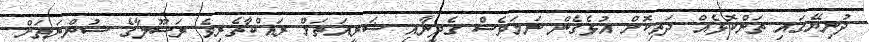
ދުނިޔޭގައި ތަންކޮޅެއް ދަތިކޮށް އުޅެގެން ނަމަވެސް ގެދީނާއި ޝަރީއަތަށް ރައްކާތެރިވެ ރަސޫލާގެ ސުންނަތަށް